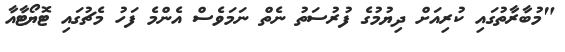
"މުބާރާތުގައި ކުރިއަށް ދިޔުމުގެ ފުރުސަތު ނެތް ނަމަވެސް އެންމެ ފަހު މެޗުގައި ޓޮޔޯޓާއާ